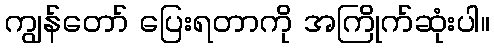
ကျွန်တော် ပြေးရတာကို အကြိုက်ဆုံးပါ။